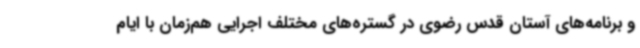
و برنامه‌های آستان قدس رضوی در گستره‌های مختلف اجرایی هم‌زمان با ایام